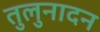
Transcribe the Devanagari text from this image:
तुलुनादन